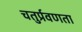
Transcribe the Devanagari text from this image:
चतुर्प्रवणता